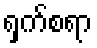
ရှက်စရာ